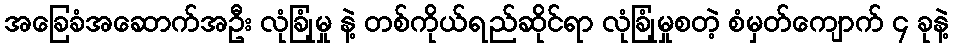
အခြေခံအဆောက်အဦး လုံခြုံမှု နဲ့ တစ်ကိုယ်ရည်ဆိုင်ရာ လုံခြုံမှုစတဲ့ စံမှတ်ကျောက် ၄ ခုနဲ့